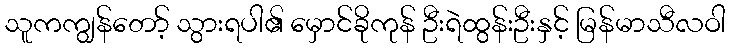
သူကကျွန်တော့် သွားရပါ၏ မှောင်ခိုကုန် ဦးရဲထွန်းဦးနှင့် မြန်မာသီလဝါ